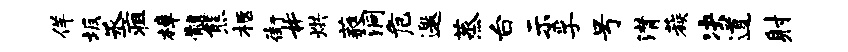
佯坂丞疽樟髓熊柩街#烘蕤洞危邀蒸台示孚号潸蔟决道射